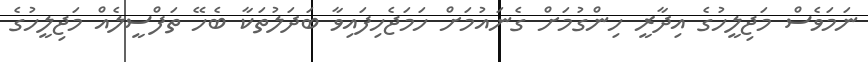
ނަމަވެސް މަޖިލީހުގެ އިދާރީ ހިންގުމަށް ގެނައުމަށް ހަމަޖެހިފައިވާ ބަދަލުތަކާ ބެހޭ ތަފްސީލެއް މަޖިލީހުގެ